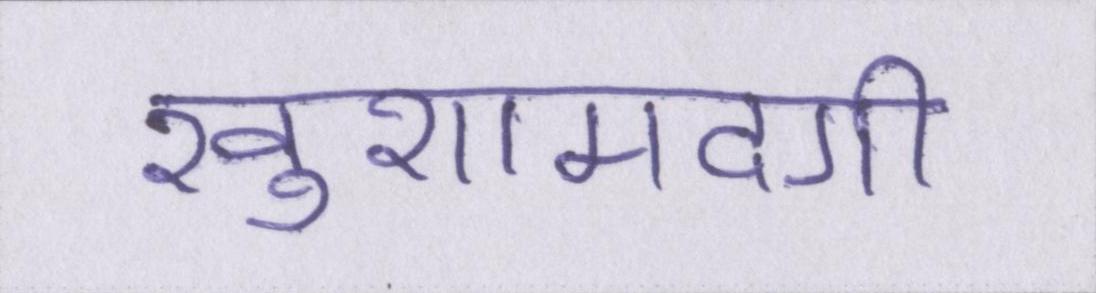
खुशामदगी